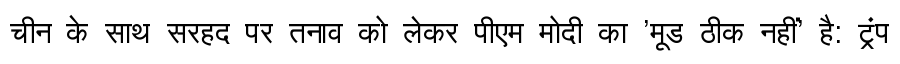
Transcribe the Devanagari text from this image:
चीन के साथ सरहद पर तनाव को लेकर पीएम मोदी का 'मूड ठीक नहीं' है: ट्रंप